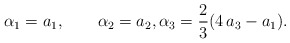
\begin{align*}\alpha_1={a_1 }, \qquad\alpha_2={a_2}, \alpha_3=\frac{2}{3}(4\,a_3-a_1).\end{align*}